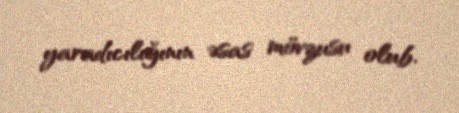
yaradıcılığının əsas mövzusu olub.